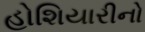
હોશિયારીનો